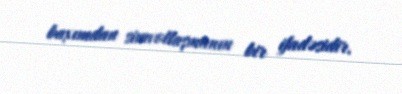
baxımdan simvollaşmanın bir ifadəsidir.